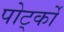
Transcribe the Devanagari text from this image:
पोर्ट्को